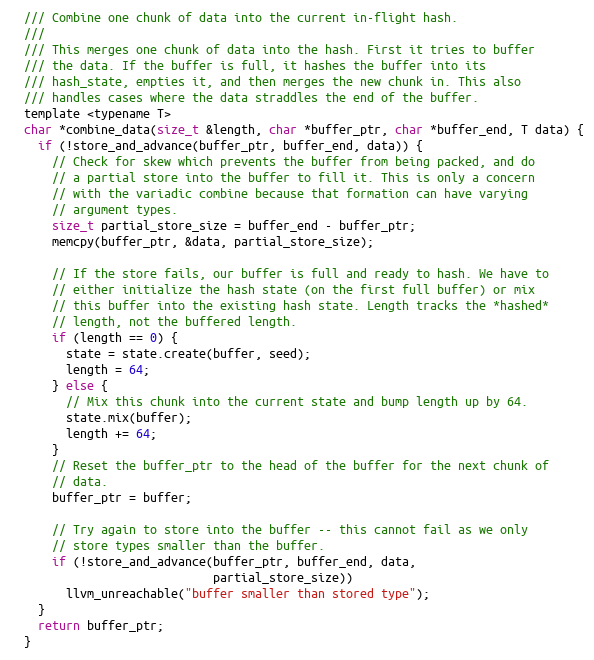
Language: C
  /// Combine one chunk of data into the current in-flight hash.
  ///
  /// This merges one chunk of data into the hash. First it tries to buffer
  /// the data. If the buffer is full, it hashes the buffer into its
  /// hash_state, empties it, and then merges the new chunk in. This also
  /// handles cases where the data straddles the end of the buffer.
  template <typename T>
  char *combine_data(size_t &length, char *buffer_ptr, char *buffer_end, T data) {
    if (!store_and_advance(buffer_ptr, buffer_end, data)) {
      // Check for skew which prevents the buffer from being packed, and do
      // a partial store into the buffer to fill it. This is only a concern
      // with the variadic combine because that formation can have varying
      // argument types.
      size_t partial_store_size = buffer_end - buffer_ptr;
      memcpy(buffer_ptr, &data, partial_store_size);

      // If the store fails, our buffer is full and ready to hash. We have to
      // either initialize the hash state (on the first full buffer) or mix
      // this buffer into the existing hash state. Length tracks the *hashed*
      // length, not the buffered length.
      if (length == 0) {
        state = state.create(buffer, seed);
        length = 64;
      } else {
        // Mix this chunk into the current state and bump length up by 64.
        state.mix(buffer);
        length += 64;
      }
      // Reset the buffer_ptr to the head of the buffer for the next chunk of
      // data.
      buffer_ptr = buffer;

      // Try again to store into the buffer -- this cannot fail as we only
      // store types smaller than the buffer.
      if (!store_and_advance(buffer_ptr, buffer_end, data,
                             partial_store_size))
        llvm_unreachable("buffer smaller than stored type");
    }
    return buffer_ptr;
  }